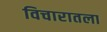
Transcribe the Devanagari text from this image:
विचारातला